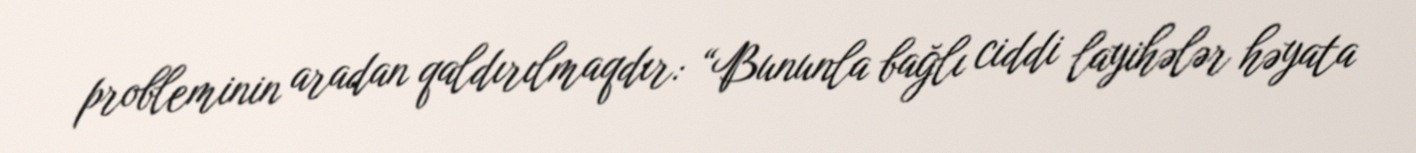
probleminin aradan qaldırılmaqdır: “Bununla bağlı ciddi layihələr həyata